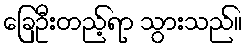
ခြေဦးတည့်ရာ သွားသည်။